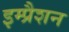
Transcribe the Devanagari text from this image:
इम्प्रैशन